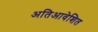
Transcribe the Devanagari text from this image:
अतिआवेशित